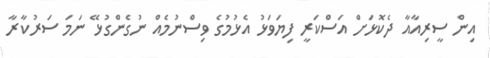
އިން ސީރިއާއާ ދެކޮޅަށް އަސްކަރީ ފިޔަވަޅު އެޅުމުގެ ވިސްނުމެއް ނުގެންގުޅޭ ނަމަ ސަރުކާރާ